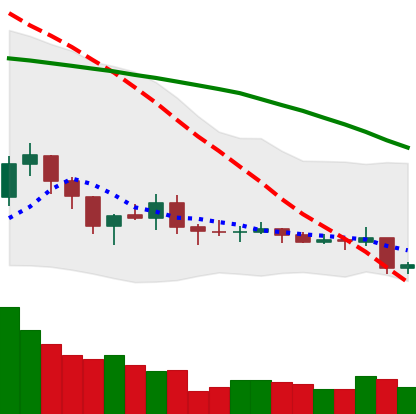
Ticker: XLM-USD
Chart end date: 2019-08-07
Forward return: -4.102%
Label: down_3_5